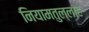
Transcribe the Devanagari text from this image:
नियामतुल्लाह